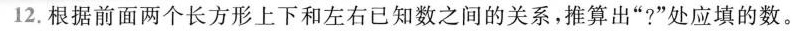
12.根据前面两个长方形上下和左右已知数之间的关系，推算出”?”处应填的数。